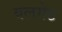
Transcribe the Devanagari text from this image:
वलगेट